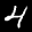
Label: 4